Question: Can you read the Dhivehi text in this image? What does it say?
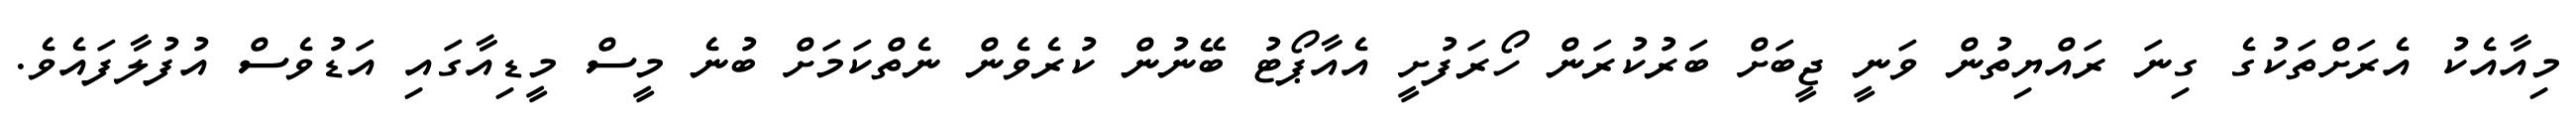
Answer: މިއާއެކު އެރަށްތަކުގެ ގިނަ ރައްޔިތުން ވަނީ ޖީބަށް ބަރުކުރަން ހޯރަފުށީ އެއާޕޯޓު ބޭނުން ކުރެވެން ނެތްކަމަށް ބުނެ މީސް މީޑިއާގައި އަޑުވެސް އުފުލާފައެވެ.